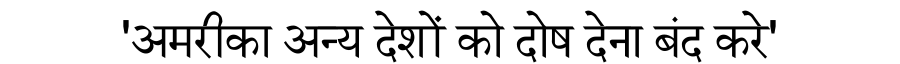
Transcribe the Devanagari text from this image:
'अमरीका अन्य देशों को दोष देना बंद करे'